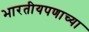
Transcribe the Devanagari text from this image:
भारतीयपणाच्या